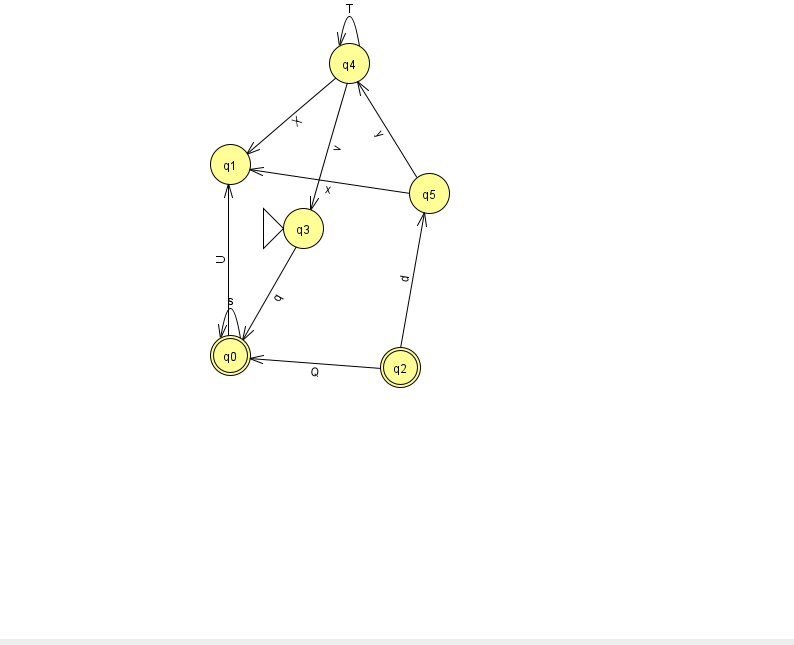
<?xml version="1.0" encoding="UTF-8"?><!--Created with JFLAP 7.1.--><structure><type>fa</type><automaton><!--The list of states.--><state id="0" name="q0"><x>230.0</x><y>342.0</y><final/></state><state id="1" name="q1"><x>230.0</x><y>151.0</y></state><state id="2" name="q2"><x>400.0</x><y>354.0</y><final/></state><state id="3" name="q3"><x>303.0</x><y>215.0</y><initial/></state><state id="4" name="q4"><x>349.0</x><y>50.0</y></state><state id="5" name="q5"><x>429.0</x><y>180.0</y></state><!--The list of transitions.--><transition><from>4</from><to>3</to><read>v</read></transition><transition><from>3</from><to>0</to><read>q</read></transition><transition><from>0</from><to>0</to><read>s</read></transition><transition><from>4</from><to>4</to><read>T</read></transition><transition><from>0</from><to>1</to><read>U</read></transition><transition><from>2</from><to>0</to><read>Q</read></transition><transition><from>2</from><to>5</to><read>d</read></transition><transition><from>5</from><to>4</to><read>y</read></transition><transition><from>4</from><to>1</to><read>X</read></transition><transition><from>5</from><to>1</to><read>x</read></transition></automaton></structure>